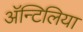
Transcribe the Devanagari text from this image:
अॅन्टिलिया